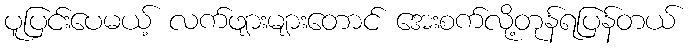
ပူပြင်းပေမယ့် လက်ဖျားများတောင် အေးစက်လို့တုန်ရပြန်တယ်